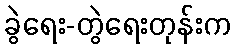
ခွဲရေး-တွဲရေးတုန်းက